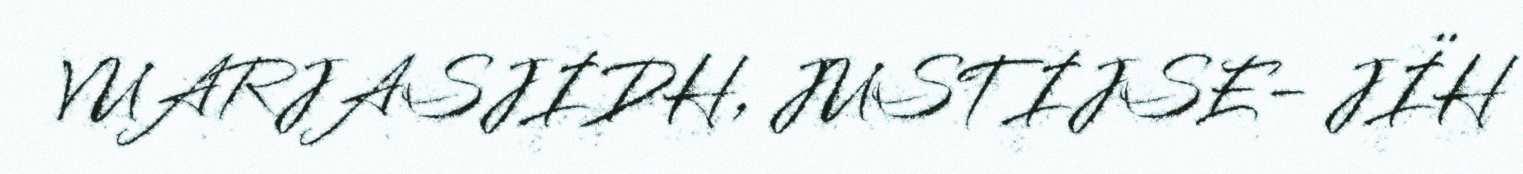
VUARJASJIDH, JUSTIJSE- JÏH